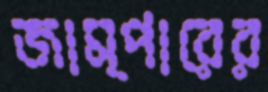
জাম্পারের